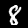
Digit: 8